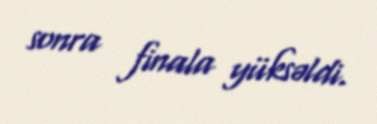
sonra finala yüksəldi.